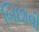
બિછાવી